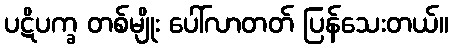
ပဋိပက္ခ တစ်မျိုး ပေါ်လာတတ် ပြန်သေးတယ်။